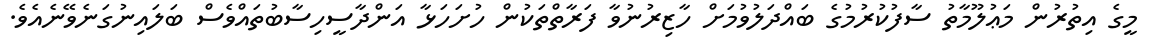
މީގެ އިތުރުން މަޢުލޫމާތު ސާފުކުރުމުގެ ބައްދަލުވުމަށް ހާޒިރުނުވާ ފަރާތްތަކުން ހުށަހަޅާ އަންދާސީހިސާބުތައްވެސް ބަލައިނުގަނެވޭނެއެވެ.